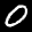
Label: 0